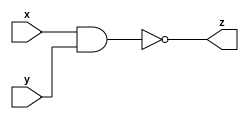
module nandgate(
input x,y,
output z
);
assign z=!(x&y);
endmodule